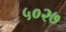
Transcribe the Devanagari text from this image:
५०२७